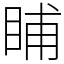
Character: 䀯